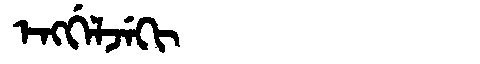
Manchu: ᡝᠩᡤᡝᠯᠵᡝᡴᡳ
Romanization: ENGGELJEKI